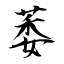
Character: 萎